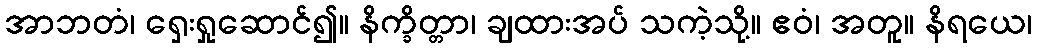
အာဘတံ၊ ရှေးရှုဆောင်၍။ နိက္ခိတ္တာ၊ ချထားအပ် သကဲ့သို့။ ဧဝံ၊ အတူ။ နိရယေ၊